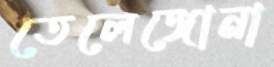
তেলেঙ্গোনা